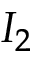
I _ { 2 }